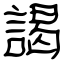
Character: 謁